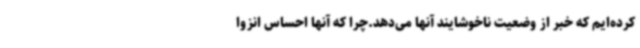
کرده‌ایم که خبر از وضعیت ناخوشایند آنها می‌دهد.چرا که آنها احساس انزوا